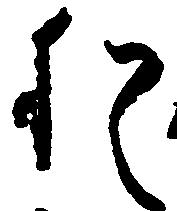
猶